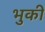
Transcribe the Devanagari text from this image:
भुकी